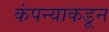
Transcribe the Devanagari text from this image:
कंपन्याकडून